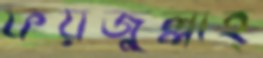
ফয়জুল্লাহ্